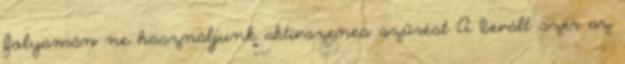
folyamán ne használjunk aktívszenes szűrést A bevált szer az